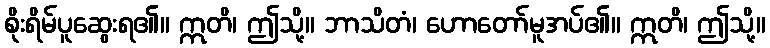
စိုးရိမ်ပူဆွေးရ၏။ ဣတိ၊ ဤသို့။ ဘာသိတံ၊ ဟောတော်မူအပ်၏။ ဣတိ၊ ဤသို့။